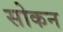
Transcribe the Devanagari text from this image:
सोकन